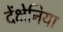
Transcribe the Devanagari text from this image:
देंक्षेनिया